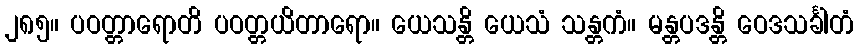
၂၈၅။ ပဝတ္တာရောတိ ပဝတ္တယိတာရော။ ယေသန္တိ ယေသံ သန္တကံ။ မန္တပဒန္တိ ဝေဒသင်္ခါတံ